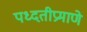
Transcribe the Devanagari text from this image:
पध्दतीप्रमाणे